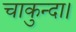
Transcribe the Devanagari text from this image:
चाकुन्दा।